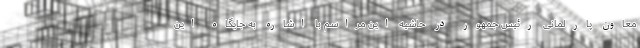
معاون پارلمانی رئیس جمهور در حاشیه این مراسم با اشاره به جایگاه این